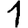
Digit: 1